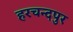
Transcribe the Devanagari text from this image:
हरचन्दपुर